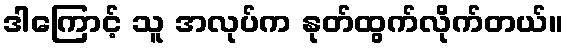
ဒါကြောင့် သူ အလုပ်က နုတ်ထွက်လိုက်တယ်။